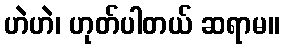
ဟဲဟဲ၊ ဟုတ်ပါတယ် ဆရာမ။